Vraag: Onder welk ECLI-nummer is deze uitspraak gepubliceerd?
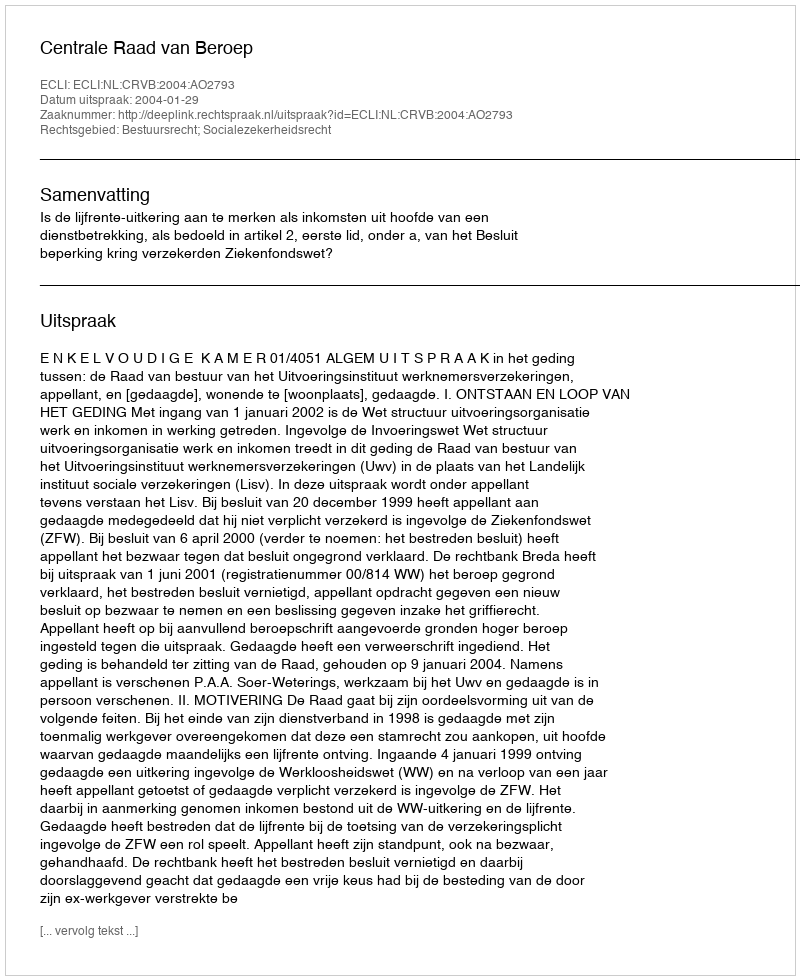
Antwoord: ECLI:NL:CRVB:2004:AO2793